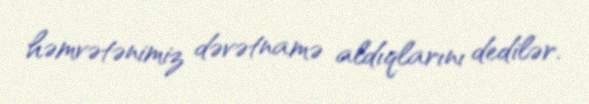
həmvətənimiz dəvətnamə aldıqlarını dedilər.